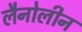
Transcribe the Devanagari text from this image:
लैनोलीन